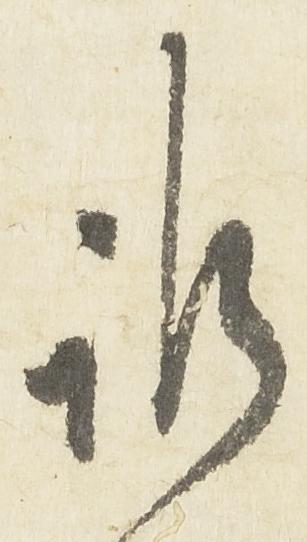
訴